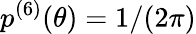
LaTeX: p^{(6)}(\theta)=1/(2\pi)